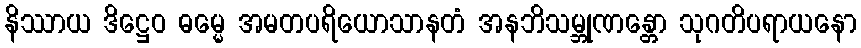
နိဿာယ ဒိဋ္ဌေဝ ဓမ္မေ အမတပရိယောသာနတံ အနဘိသမ္ဘုဏန္တော သုဂတိပရာယနော